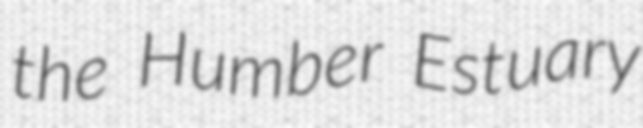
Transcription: the Humber Estuary